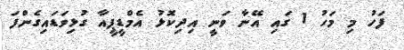
ފަހު މި މަހު 1 ގައި އޭނާ ވަނީ އިދިކޮޅު އެމްޑީޕީއާ ގުޅިވަޑައިގެންފަ